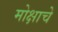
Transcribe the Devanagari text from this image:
मोक्षाचे